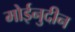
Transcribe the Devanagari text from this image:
मोईनुदीन